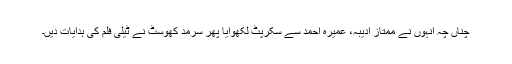
چناں چہ انہوں نے ممتاز ادیبہ، عمیرہ احمد سے سکرپٹ لکھوایا پھر سرمد کھوسٹ نے ٹیلی فلم کی ہدایات دیں۔